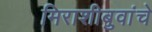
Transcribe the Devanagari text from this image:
मिराशीबुवांचे